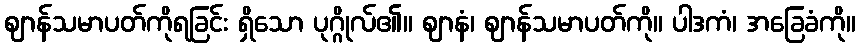
ဈာန်သမာပတ်ကိုရခြင်း ရှိသော ပုဂ္ဂိုလ်၏။ ဈာနံ၊ ဈာန်သမာပတ်ကို။ ပါဒကံ၊ အခြေခံကို။